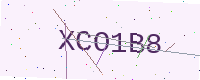
Text: XCO1B8